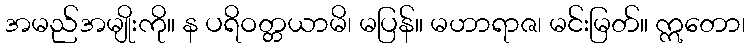
အမည်အမျိုးကို။ န ပရိဝတ္တယာမိ၊ မပြန်။ မဟာရာဇ၊ မင်းမြတ်။ ဣတော၊